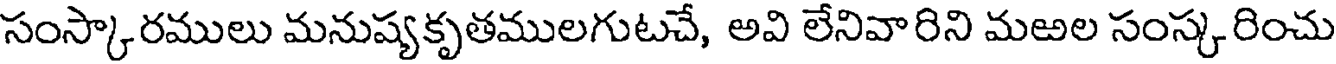
సంస్కారములు మనుష్యకృతములగుటచే, అవి లేనివారిని మఱల సంస్క రించు